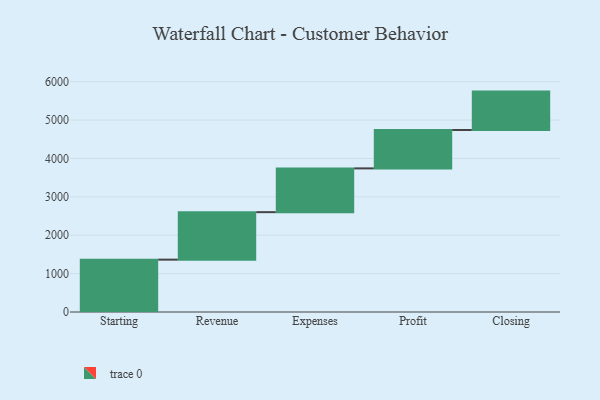
{"axis": {"x": "Step", "y": "Value"}, "legend": [""], "data": [{"x": "Starting", "y": 1364.0, "type": ""}, {"x": "Revenue", "y": 1237.0, "type": ""}, {"x": "Expenses", "y": 1140.0, "type": ""}, {"x": "Profit", "y": 1000, "type": ""}, {"x": "Closing", "y": 1000, "type": ""}]}